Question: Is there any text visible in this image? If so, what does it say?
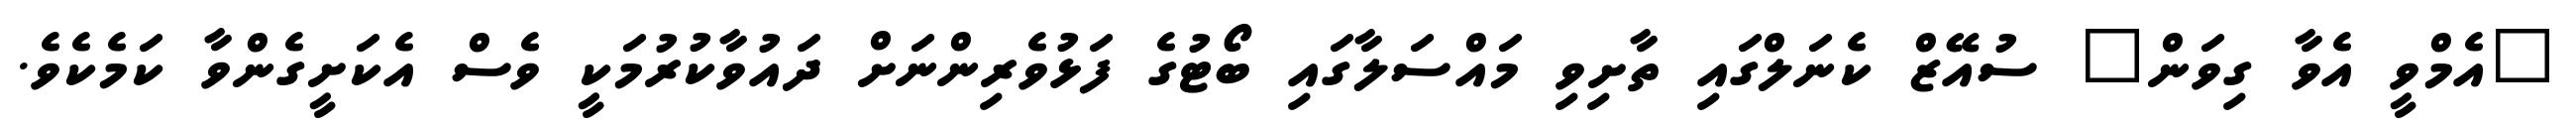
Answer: "އެމްވީ އެވާ ގިވަން" ސުއޭޒް ކެނަލްގައި ތާށިވި މައްސަލާގައި ބޯޓުގެ ފަޅުވެރިންނަށް ދައުވާކުރުމަކީ ވެސް އެކަށީގެންވާ ކަމެކެވެ.